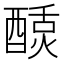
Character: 𬪴